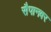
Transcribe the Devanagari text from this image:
सैपानवर